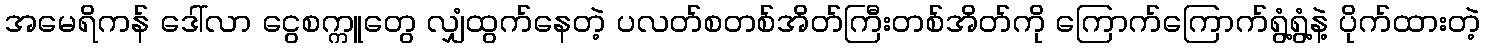
အမေရိကန် ဒေါ်လာ ငွေစက္ကူတွေ လျှံထွက်နေတဲ့ ပလတ်စတစ်အိတ်ကြီးတစ်အိတ်ကို ကြောက်ကြောက်ရွံ့ရွံ့နဲ့ ပိုက်ထားတဲ့